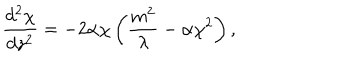
\frac { d ^ { 2 } \chi } { d z ^ { 2 } } = - 2 \alpha \chi \left( \frac { m ^ { 2 } } { \lambda } - \alpha \chi ^ { 2 } \right) ,